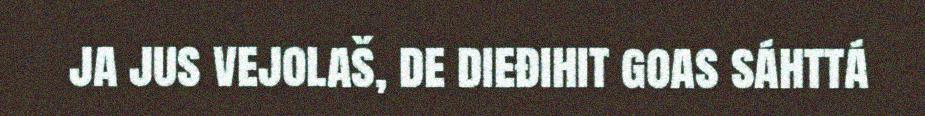
ja jus vejolaš, de dieđihit goas sáhttá